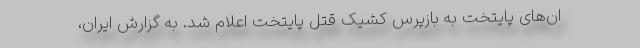
ان‌های پایتخت به بازپرس کشیک قتل پایتخت اعلام شد. به گزارش ایران،